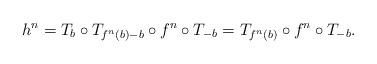
LaTeX: \begin{align*}h^{n}=T_{b}\circ T_{f^{n}(b)-b}\circ f^{n}\circ T_{-b}=T_{f^{n}(b)}\circ f^{n} \circ T_{-b}.\end{align*}